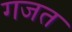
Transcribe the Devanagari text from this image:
गजत